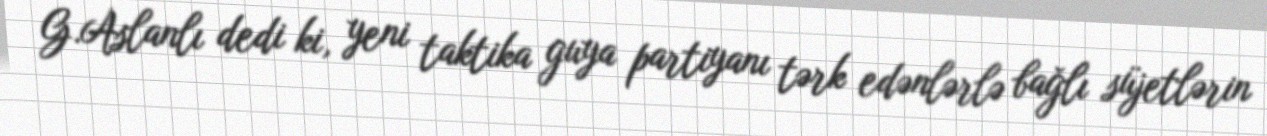
G.Aslanlı dedi ki, yeni taktika guya partiyanı tərk edənlərlə bağlı süjetlərin